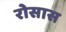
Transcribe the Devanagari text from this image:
रोसास